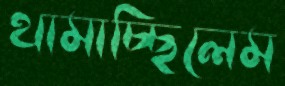
থামাচ্ছিলেম